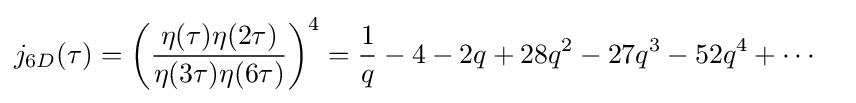
{\begin{aligned}j_{6D}(\tau )&=\left({\frac {\eta (\tau )\eta (2\tau )}{\eta (3\tau )\eta (6\tau )}}\right)^{4}={\frac {1}{q}}-4-2q+28q^{2}-27q^{3}-52q^{4}+\cdots \end{aligned}}